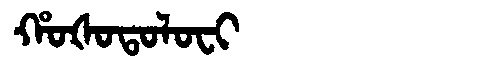
Manchu: ᡥᠣᡧᠣᡨᠣᠯᠣᠸᡳ
Romanization: HOŠOTOLOFI